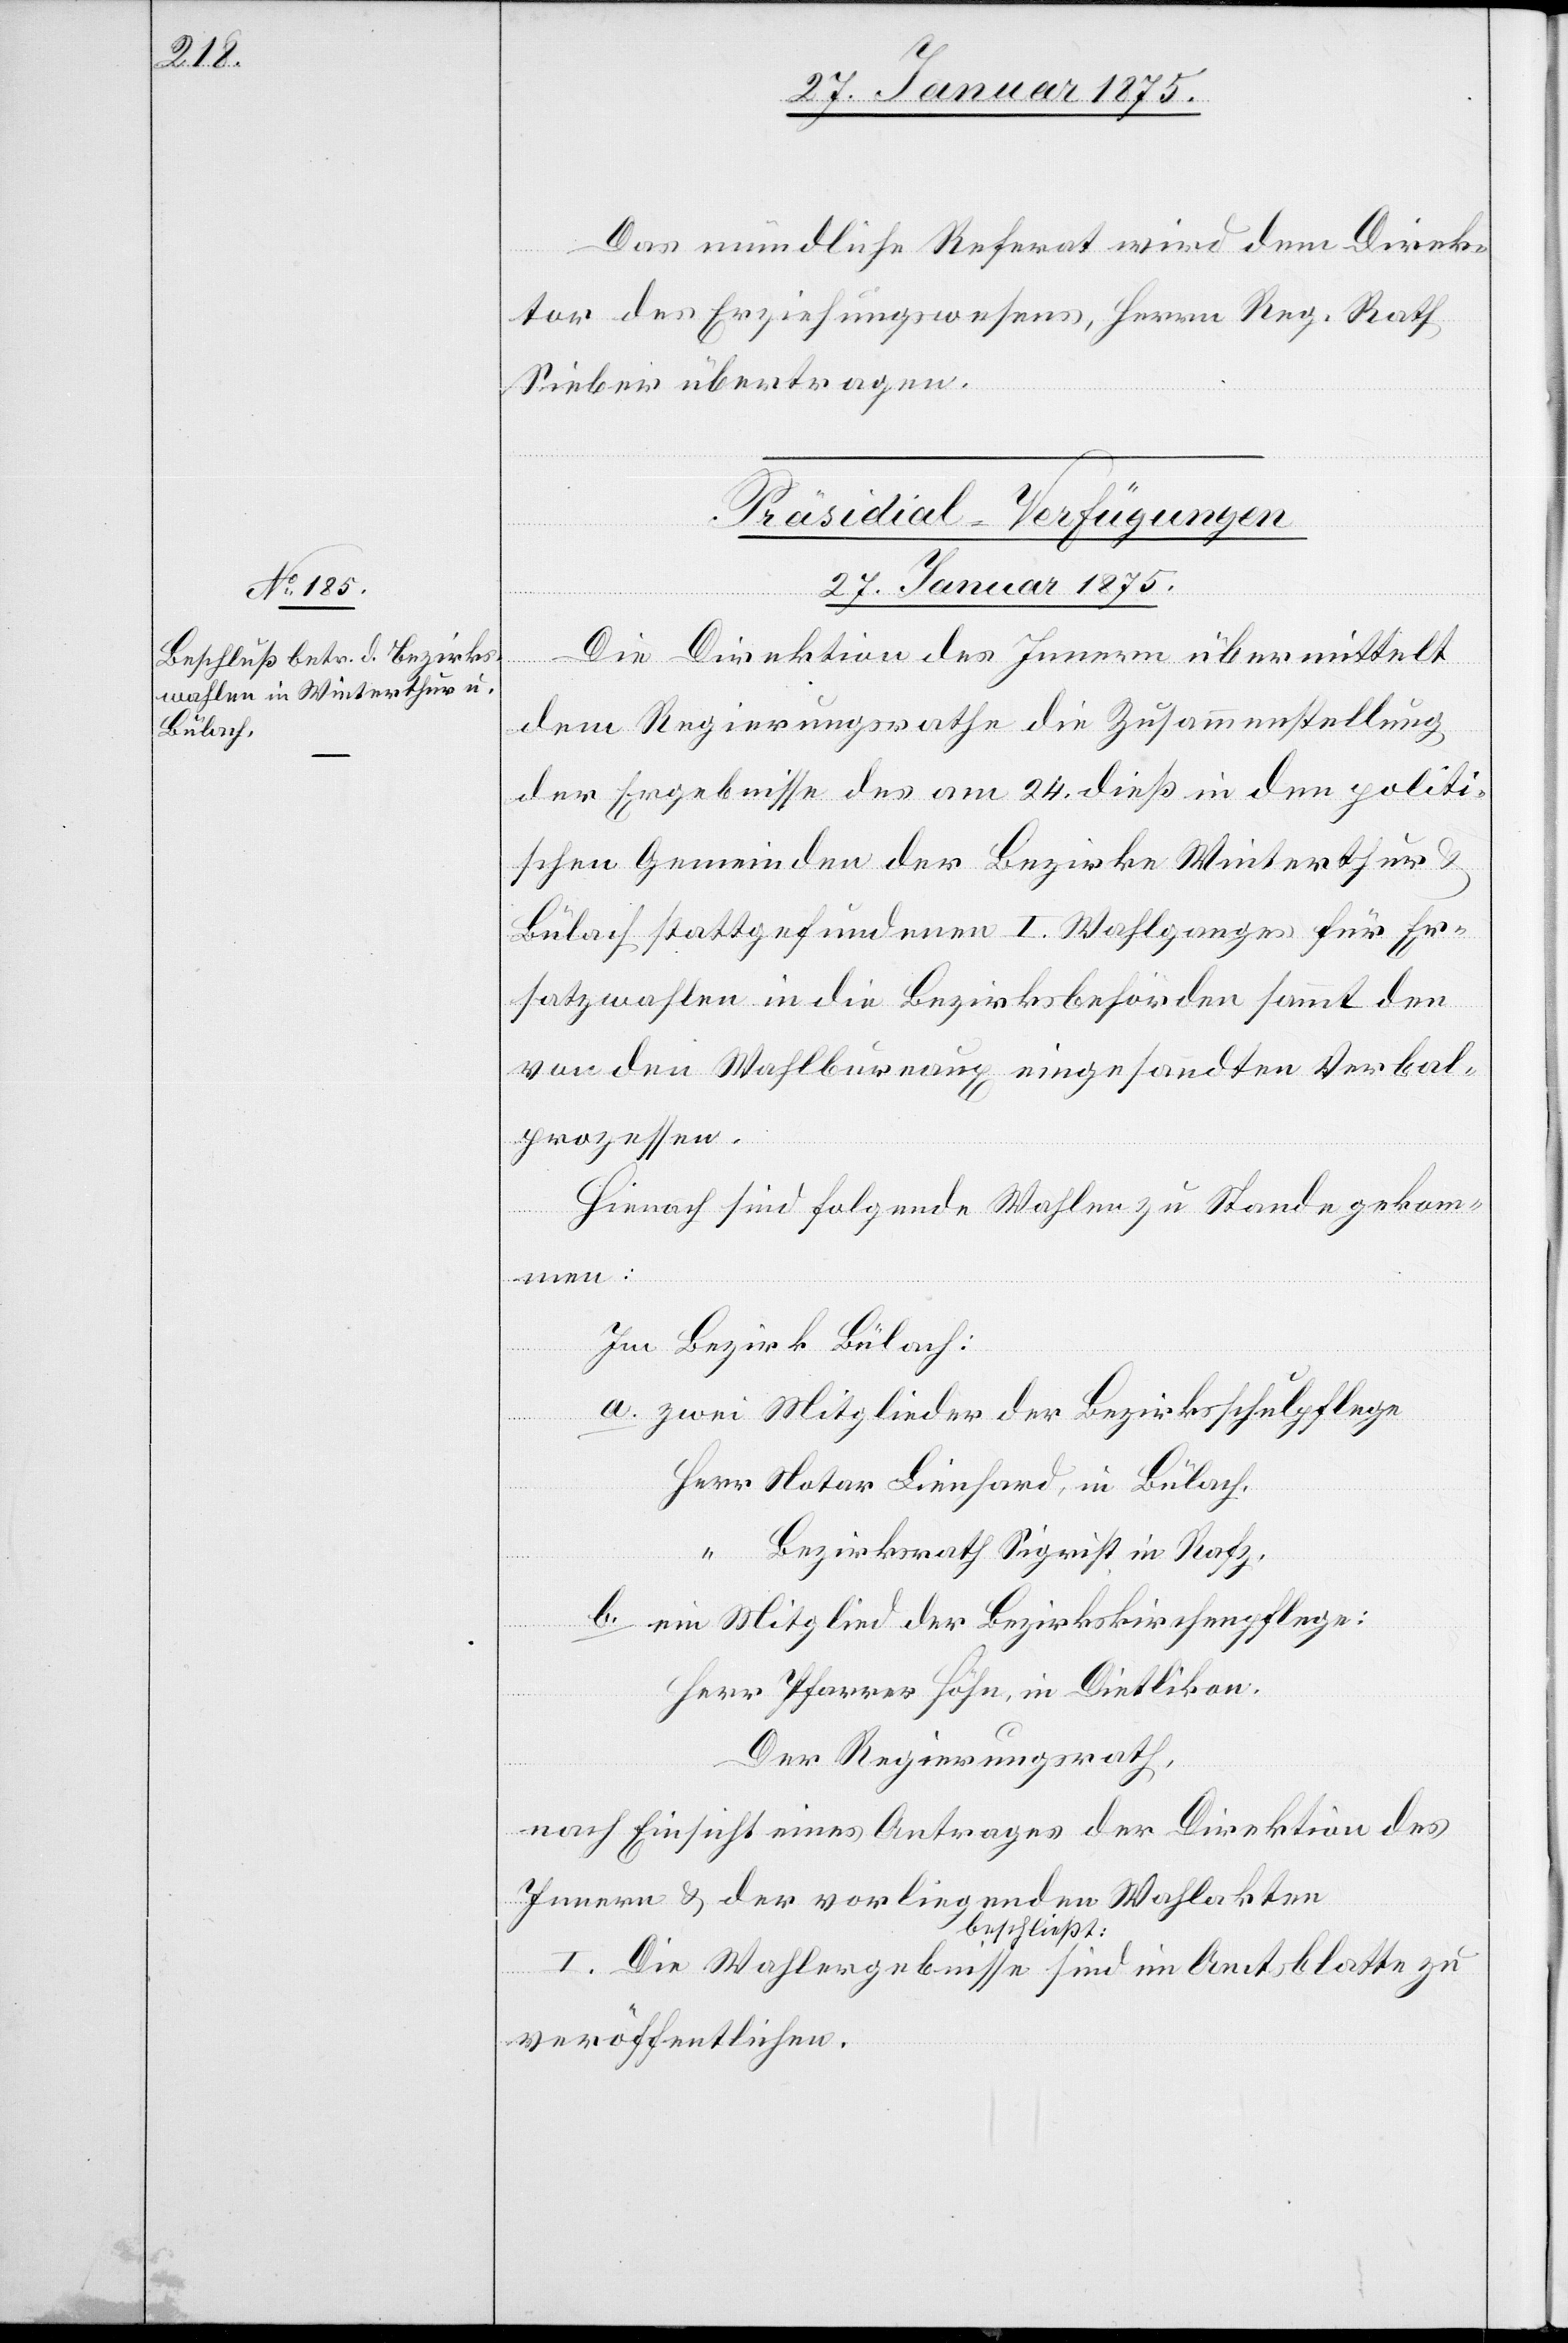
Das mündliche Referat wird dem Direk¬
tor des Erziehungswesens, Herrn Reg. Rath
Sieber übertragen.
Präsidial-Verfügungen.
27. Januar 1875.
Die Direktion des Innern übermittelt
dem Regierungsrathe die Zusammenstellung
der Ergebnisse des am 24. dieß in den politi¬
schen Gemeinden der Bezirke Winterthur
Bülach stattgefundenen I. Wahlganges für Er¬
satzwahlen in die Bezirksbehörden sammt den
von den Wahlbureaux eingesandten Verbal¬
prozessen.
Hienach sind folgende Wahlen zu Stande gekom¬
men:
Im Bezirk Bülach:
a. zwei Mitglieder der Bezirksschulpflege
Herr Notar Lienhard, in Bülach.
“ Bezirksrath Sigrist in Rafz.
b. ein Mitglied der Bezirkskirchenpflege:
Herr Pfarrer Höhn, in Dietlikon.
Der Regierungsrath,
nach Einsicht eines Antrages der Direktion des
Innern & der vorliegenden Wahlakten
beschließt:
I. Die Wahlergebnisse sind im Amtsblatte zu
veröffentlichen.